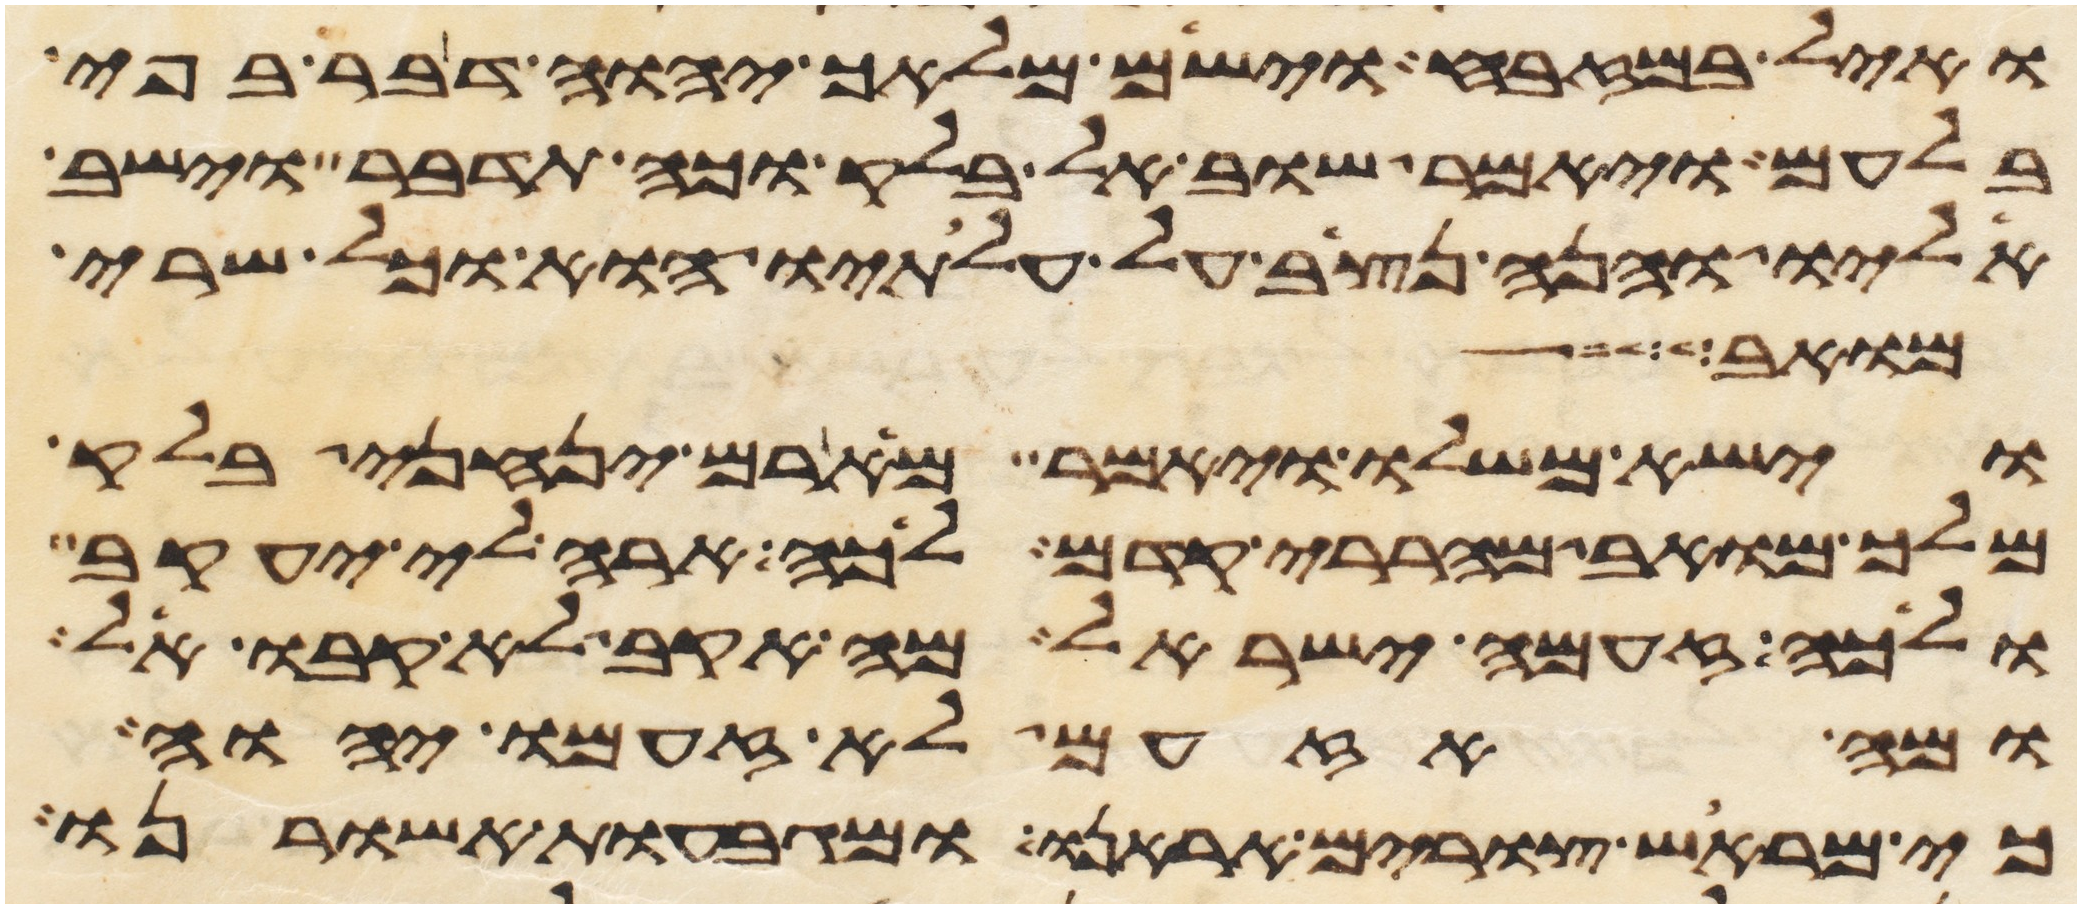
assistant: ואיל במזבח וישם מלאך יהוה דבר בפי
בלעם ויאמר שוב אל בלק וכה תדבר וישב
אליו והנה נצב על עלתיו הוא וכל שרי
מואב
וישא משלו ויאמר מארם ינחני בלק
מלך מואב מהררי קדם לכה ארה לי יעקב
ולכה זעמה ישראל מה אקב לא קבו אל
ומה אזעם לא זעם יהוה
כי מראש צורים אראנו ומגבעות אשורנו